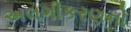
અલગીકરણનો